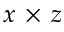
x \, \times \, z